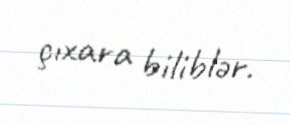
çıxara biliblər.